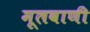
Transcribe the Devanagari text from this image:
मूलवाणी